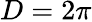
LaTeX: D=2\pi